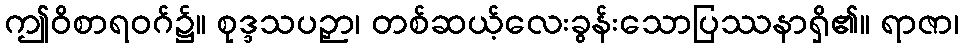
ဤဝိစာရဝဂ်၌။ စုဒ္ဒသပဉှာ၊ တစ်ဆယ့်လေးခွန်းသောပြဿနာရှိ၏။ ရာဇာ၊